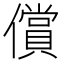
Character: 償